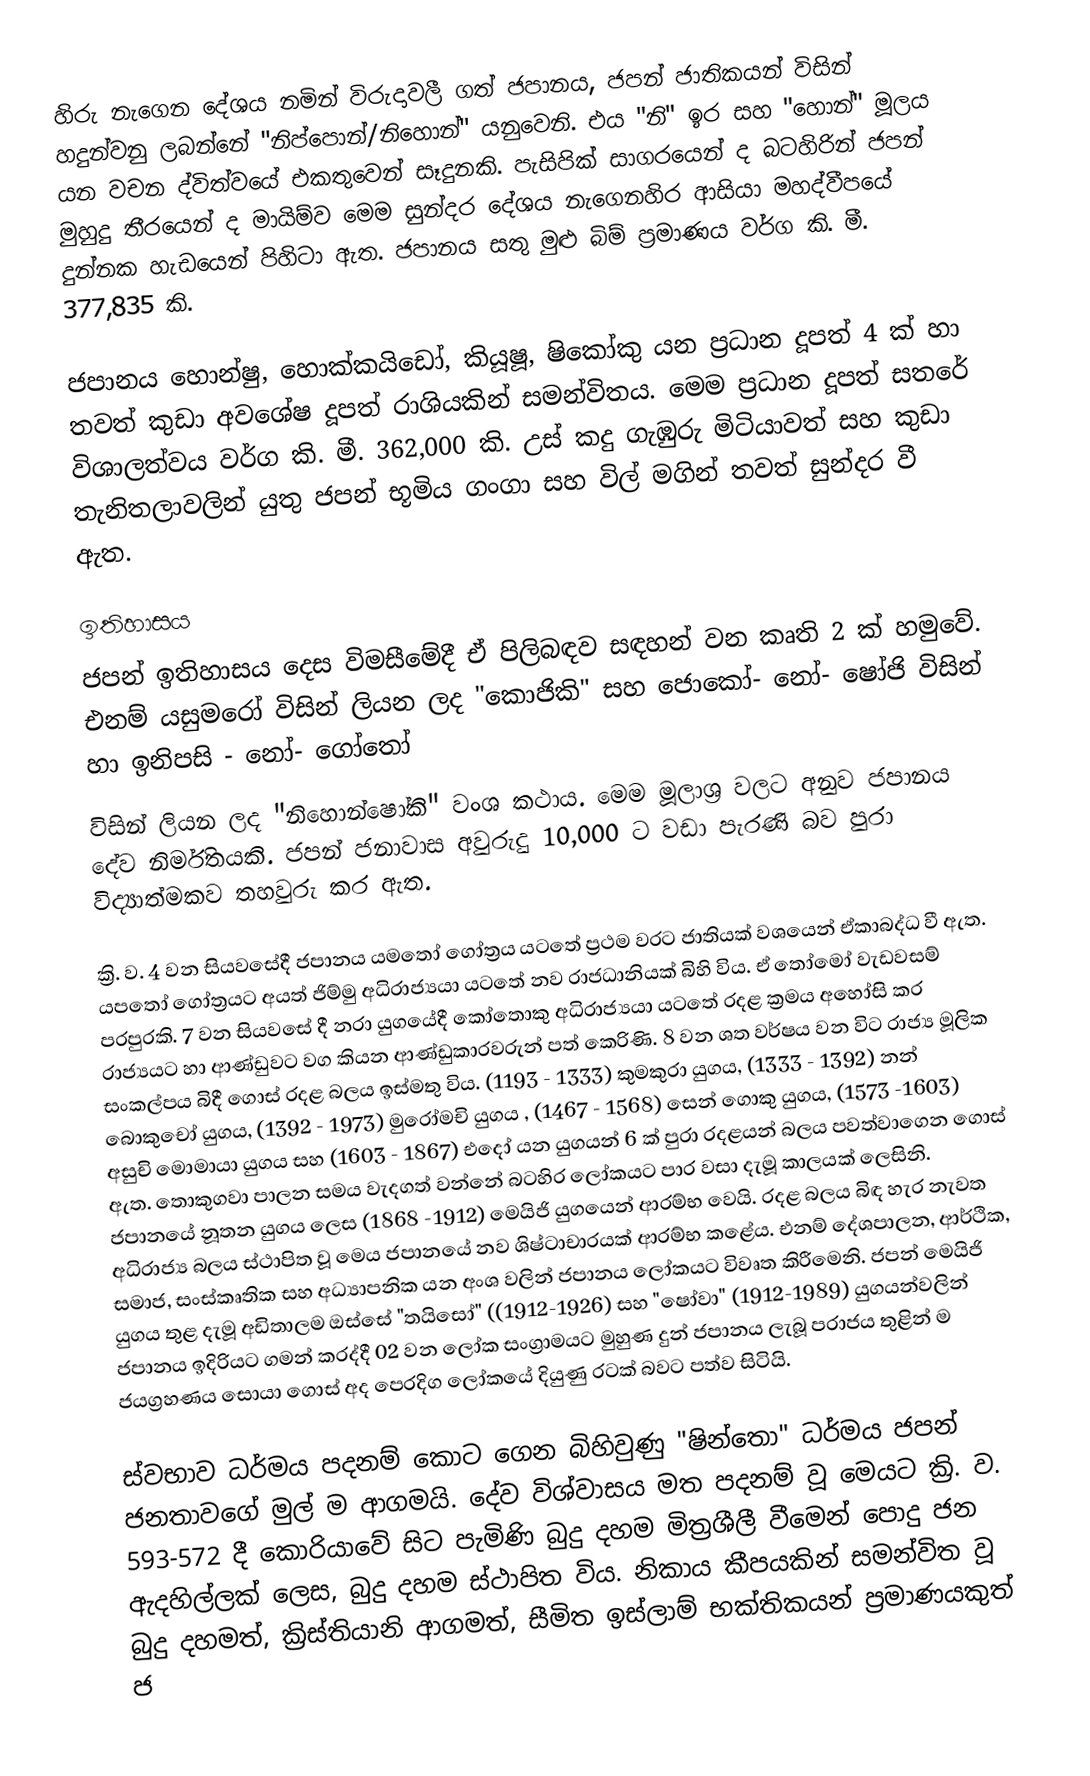
හිරු නැගෙන දේශය නමින් විරුදාවලී ගත් ජපානය, ජපන් ජාතිකයන් විසින් හදුන්වනු ලබන්නේ "නිප්පොන්/නිහොන්" යනුවෙනි. එය "නි" ඉර සහ "හොන්" මූලය යන වචන ද්විත්වයේ එකතුවෙන් සෑදුනකි.  පැසිපික් සාගරයෙන් ද බටහිරින් ජපන් මුහුදු තීරයෙන් ද මායිම්ව මෙම සුන්දර දේශය නැගෙනහිර ආසියා මහද්වීපයේ දුන්නක හැඩයෙන් පිහිටා ඇත. ජපානය සතු මුළු බිම් ප්‍රමාණය වර්ග කි. මී. 377,835 කි.

ජපානය හො‍න්ෂු, හොක්කයිඩෝ, කියූෂූ, ෂිකෝකු යන ප්‍රධාන දූපත් 4 ක් හා තවත් කුඩා අව‍ශේෂ දූපත් රාශියකින් සමන්විතය. මෙම ප්‍රධාන දූපත් සතරේ විශාලත්වය වර්ග කි. මී. 362,000 කි. උස් කදු ගැඹුරු මිටියාවත් සහ කුඩා තැනිතලාවලින් යුතු ජපන් භූමිය ගංගා සහ විල් මගින් තවත් සුන්දර වී ඇත.

ඉතිහාසය
ජපන් ඉතිහාසය දෙස විමසීමේදී ඒ පිලිබඳව සඳහන් වන කෘති 2 ක් හමුවේ. එනම් යසුමරෝ විසින් ලියන ලද "කොජිකි" සහ ජොකෝ- නෝ- ෂෝජි විසින් හා ඉනිපසි - නෝ- ගෝතෝ
විසින් ලියන ලද "නිහොන්ෂෝකි" වංශ කථාය. මෙම මූලාශ්‍ර වලට අනුව ජපානය දේව නිර්මිතයකි. ජපන් ජනාවාස අවුරුදු 10,000 ට වඩා පැරණි බව පුරා විද්‍යාත්මකව තහවුරු කර ඇත.

ක්‍රි. ව. 4 වන සියවසේදී ජපානය යමතෝ ගෝත්‍රය යටතේ ප්‍රථම වරට ජාතියක් වශයෙන් ඒකාබද්ධ වී ඇත. යපතෝ ගෝත්‍රයට අයත් ජිම්මු අධිරාජ්‍යයා යටතේ නව රාජධානියක් බිහි විය. ඒ තෝමෝ වැඩවසම් පරපුරකි. 7 වන සියවසේ දී නරා යුගයේදී කෝතොකු අධිරාජ්‍යයා යටතේ රදළ ක්‍රමය අහෝසි කර රාජ්‍යයට හා ආණ්ඩුවට වග කියන ආණ්ඩුකාරවරුන් පත් කෙරිණි. 8 වන ශත වර්ෂය වන විට රාජ්‍ය මූලික සංකල්පය බිදී ගොස් රදළ බලය ඉස්මතු විය. (1193 - 1333) කුමකුරා යුගය, (1333 - 1392) නන් බොකුචෝ යුගය, (1392 - 1973) මුරෝමචි යුගය , (1467 - 1568) සෙන් ගොකු යුගය, (1573 -1603) අසුචි මොමායා යුගය සහ (1603 - 1867) එදෝ යන යුගයන් 6 ක් පුරා රදළයන් බලය පවත්වාගෙන ගොස් ඇත. තොකුගවා පාලන සමය වැදගත් වන්නේ බටහිර ලෝකයට පාර වසා දැමූ කාලයක් ලෙසිනි. ජපානයේ නූතන යුගය ලෙස (1868 -1912) මෙයිජි යුගයෙන් ආරම්භ වෙයි. රදළ බලය බිඳ හැර නැවත අධිරාජ්‍ය බලය ස්ථාපිත වූ මෙය ජපානයේ නව ශිෂ්ටාචාරයක් ආරම්භ කළේය. එනම් දේශපාලන, ආර්ථික, සමාජ, සංස්කෘතික සහ අධ්‍යාපනික යන අංශ වලින් ජපානය ලෝකයට විවෘත කිරීමෙනි. ජපන් මෙයිජි යුගය තුළ දැමූ අඩිතාලම ඔස්සේ "තයිසෝ" ((1912-1926) සහ "ෂෝවා" (1912-1989) යුගයන්වලින් ජපානය ඉදිරියට ගමන් කරද්දී 02 වන ලෝක සංග්‍රාමයට මුහුණ දුන් ජපානය ලැබූ පරාජය තුළින් ම ජයග්‍රහණය සොයා ගොස් අද පෙරදිග ලෝකයේ දියුණු රටක් බවට පත්ව සිටියි.

ස්වභාව ධර්මය පදනම් කොට ගෙන බිහිවුණු "ෂින්තො" ධර්මය ජපන් ජනතාවගේ මුල් ම ආගමයි. දේව විශ්වාසය මත පදනම් වූ මෙයට ක්‍රි. ව. 593-572 දී කොරියාවේ සිට පැමිණි බුදු දහම මිත්‍රශීලී වීමෙන් පොදු ජන ඇදහිල්ලක් ලෙස, බුදු දහම ස්ථාපිත විය. නිකාය කීපයකින් සමන්විත වූ බුදු දහමත්, ක්‍රිස්තියානි ආගමත්, සීමිත ඉස්ලාම් භක්තිකයන් ප්‍රමාණයකුත් ජ